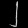
Digit: ၂